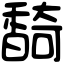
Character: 䭲